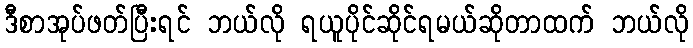
ဒီစာအုပ်ဖတ်ပြီးရင် ဘယ်လို ရယူပိုင်ဆိုင်ရမယ်ဆိုတာထက် ဘယ်လို